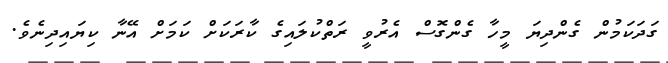
ގަދަކަމުން ގެންދިޔަ މީހާ ގެންގޮސް އެރުވީ ރަތްކުލައިގެ ކާރަކަށް ކަމަށް އޭނާ ކިޔައިދިނެވެ.